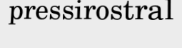
pressirostral